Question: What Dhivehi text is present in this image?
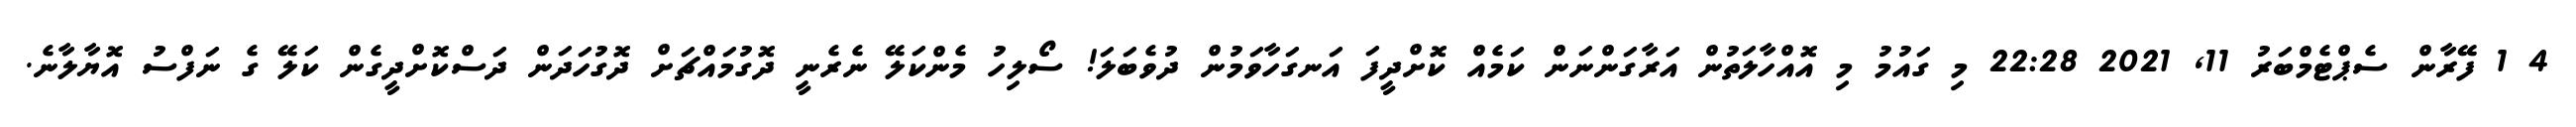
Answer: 4 1 ފޭރާން ސެޕްޓެމްބަރު 11, 2021 22:28 މި ގައުމު މި އޮއްހާލަތުން އަރާގަންނަން ކަމެއް ކޮށްދީފަ އަނގަހާވަމުން ދުވެބަލަ! ސޯލިހު މެންކަލޭ ނެރެނީ ދޮގުމައްޗަށް ދޮގުހަދަން ދަސްކޮށްދީގެން ކަލޭ ގެ ނަފްސު އޮޔާލާނެ.